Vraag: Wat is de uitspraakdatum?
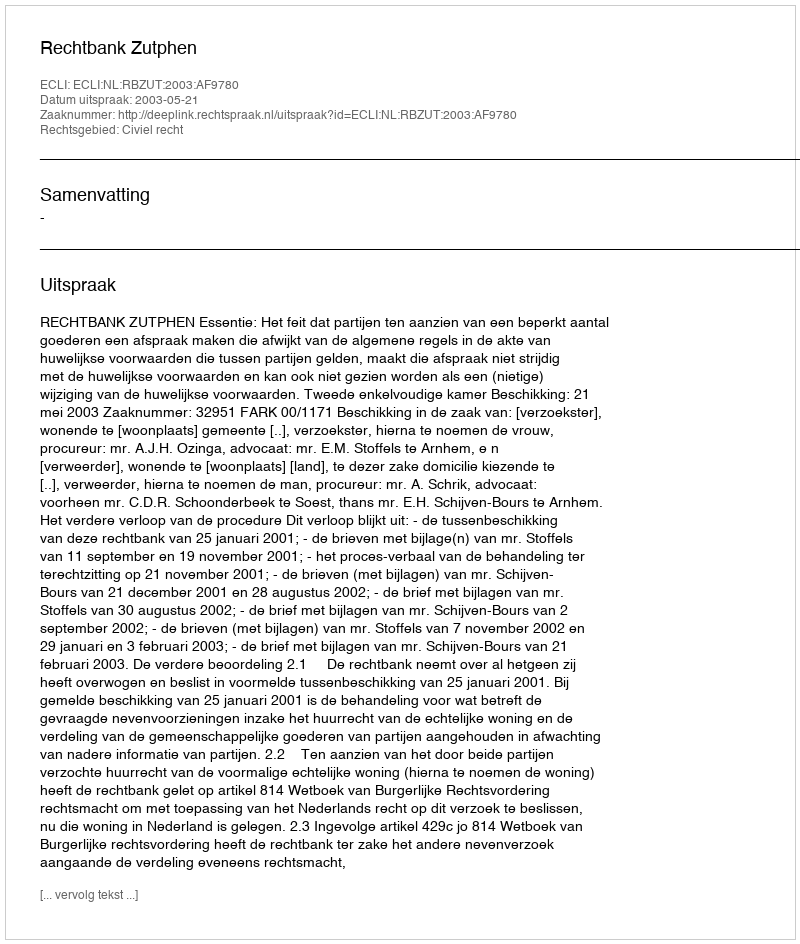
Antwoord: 2003-05-21